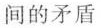
间的矛盾